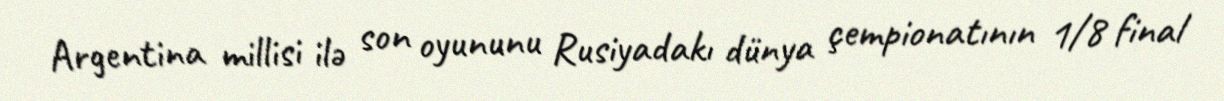
Argentina millisi ilə son oyununu Rusiyadakı dünya çempionatının 1/8 final